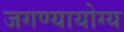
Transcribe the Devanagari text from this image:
जगण्यायोग्य